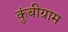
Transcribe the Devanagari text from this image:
कुंबीग्राम